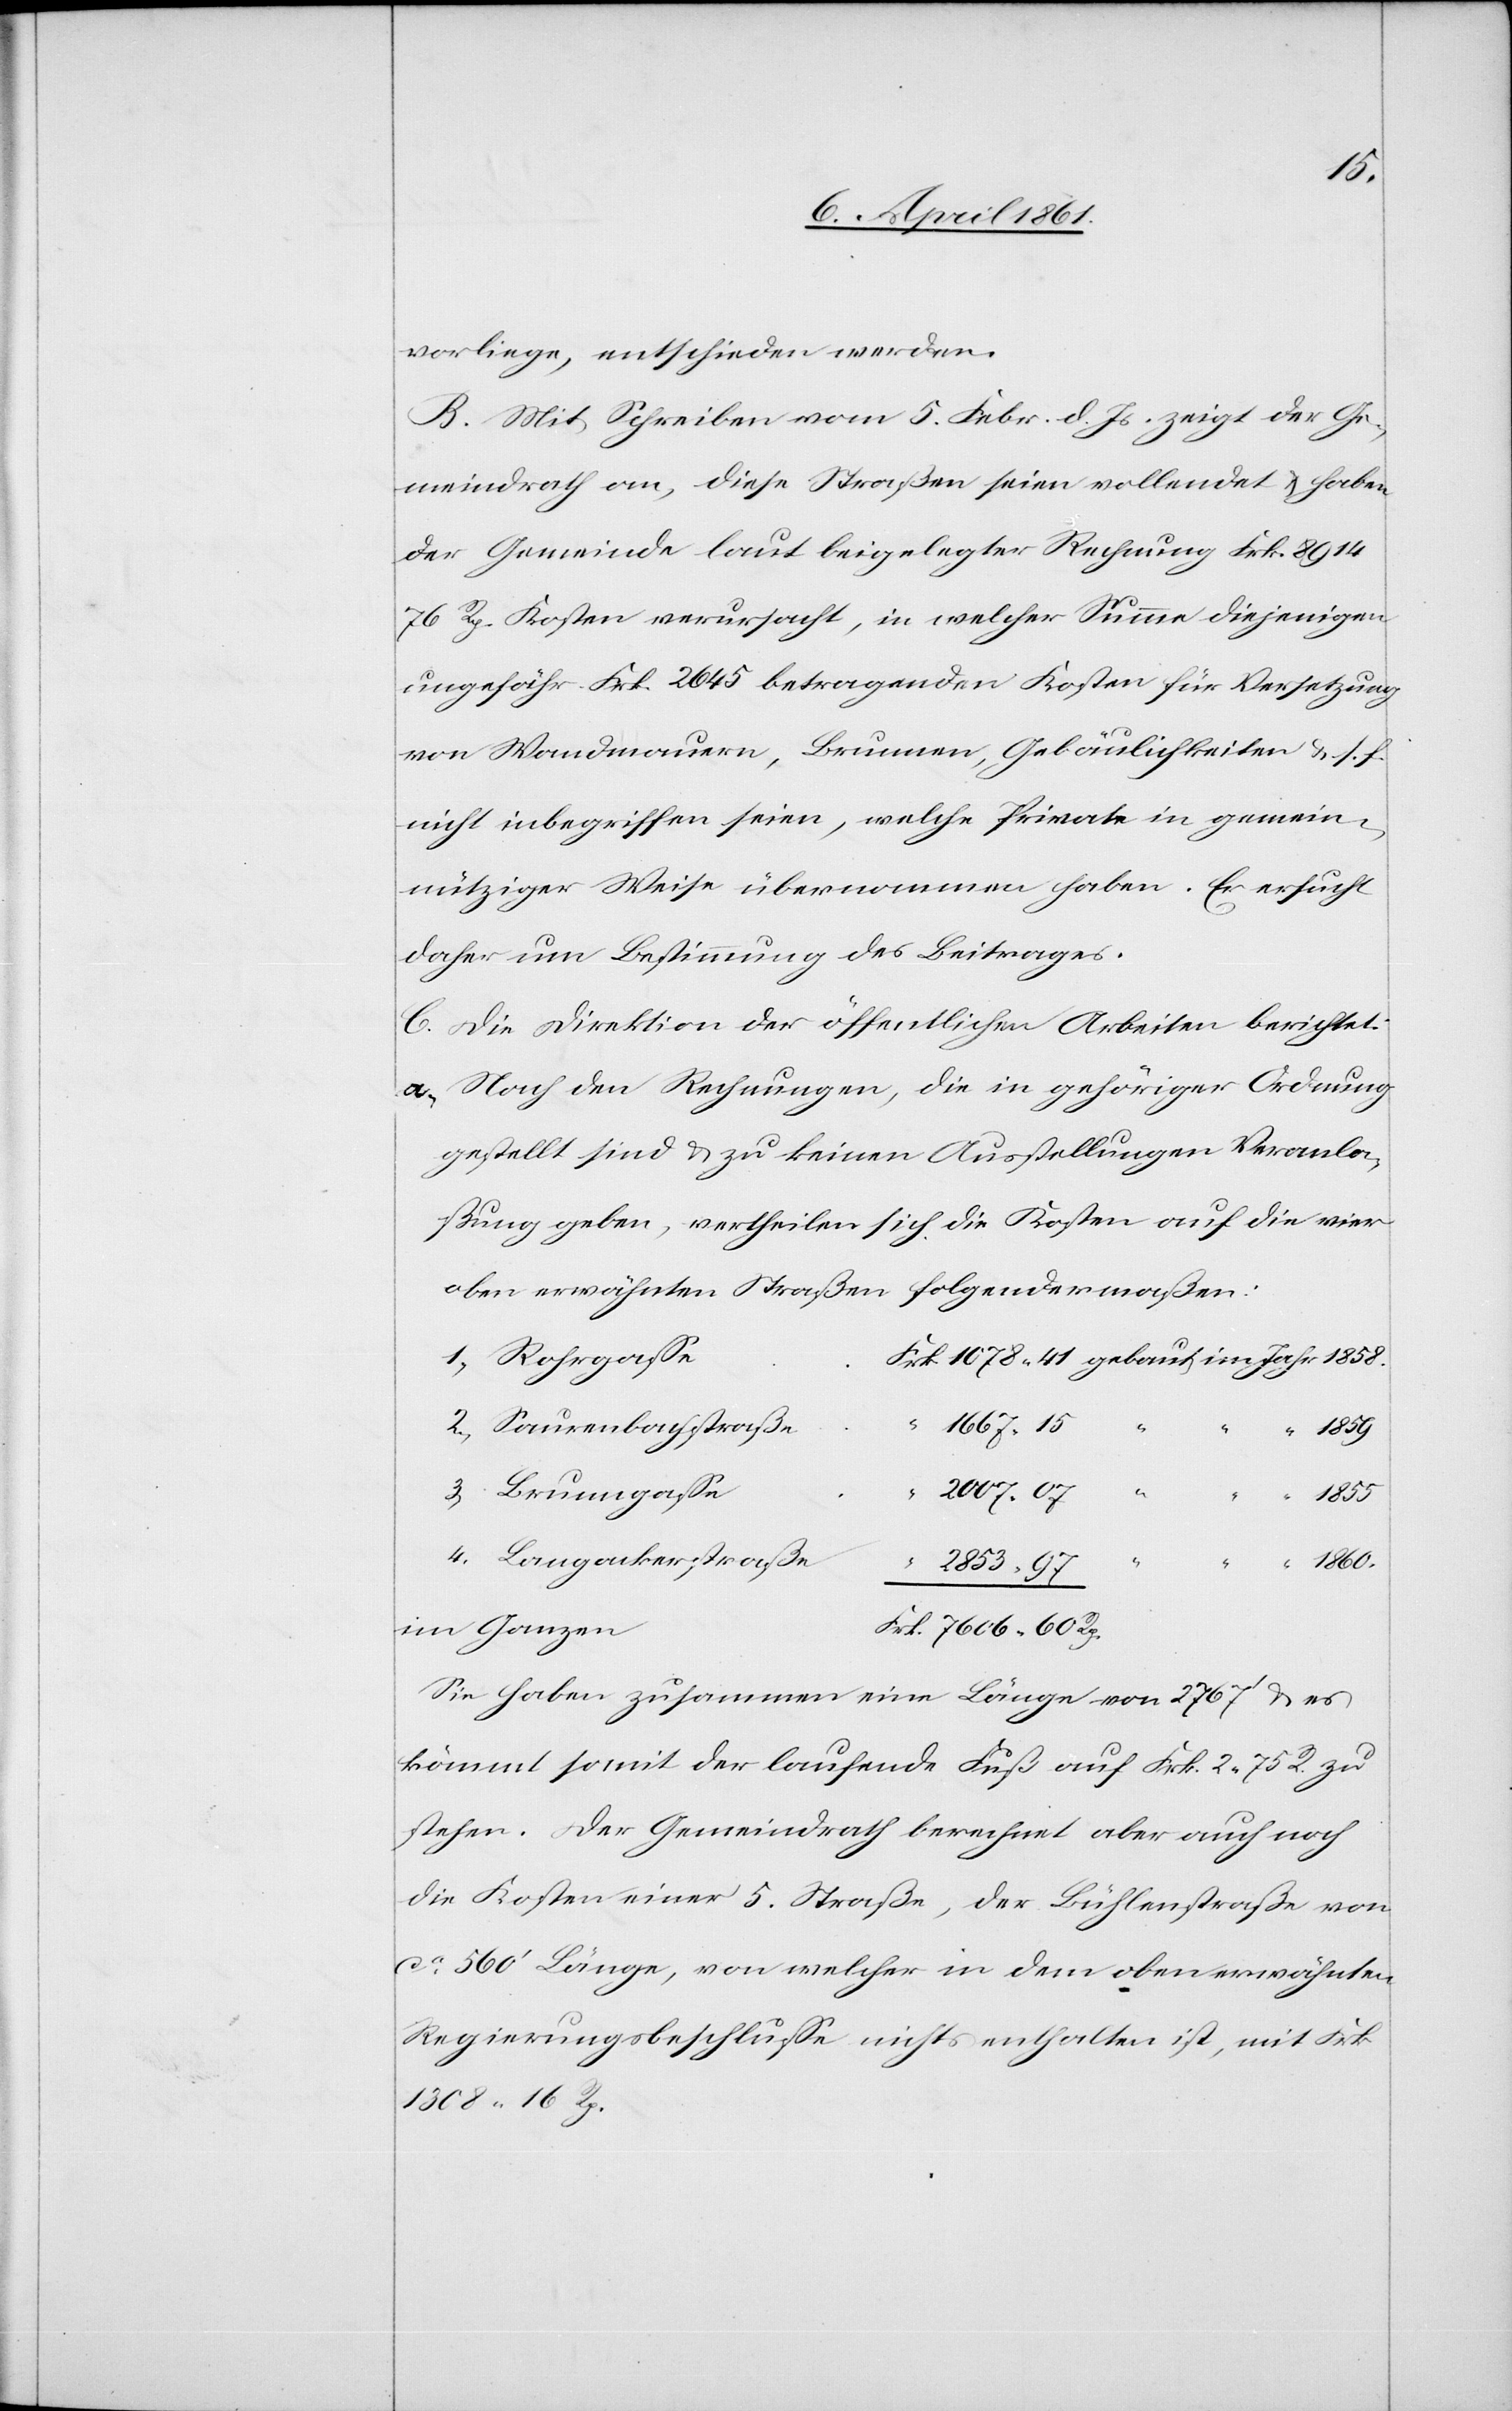
4.
vorliege, entschieden werden.
B. Mit Schreiben vom 5. Febr. d. Js. zeigt der Ge¬
meindrath an, diese Straßen seien vollendet u. haben
der Gemeinde laut beigelegter Rechnung Frk. 8914
76 Rp. Kosten verursacht, in welcher Summe diejenigen
ungefähr Frk. 2645 betragenden Kosten für Versetzung
von Wandmauern, Brunnen, Gebäulichkeiten u. s. f.
nicht inbegriffen seien, welche Private in gemein¬
nütziger Weise übernommen haben. Er ersucht
daher um Bestimmung des Beitrages.
C. Die Direktion der öffentlichen Arbeiten berichtet:
a. Nach den Rechnungen, die in gehöriger Ordnung
gestellt sind zu keinen Ausstellungen Veranla¬
ßung geben, vertheilen sich die Kosten auf die vier
oben erwähnten Straßen folgendermaßen:
1667. 15
Saurenbachstraße
7606. 60
Rp.
1860
2853. 97
im Ganzen
Sie haben zusammen eine Länge von 2767’ u. es
kömmt somit der laufende Fuß auf Frk. 2 75 R. zu
stehen. Der Gemeindrath berechnet aber auch noch
die Kosten einer 5. Straße, der Bühlenstraße von
ca 560’ Länge, von welcher in dem oben erwähnten
Regierungsbeschlusse nichts enthalten ist, mit Frk.
1308 16 R.